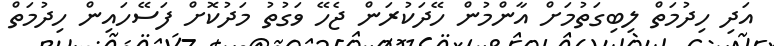
އަދި ހިދުމަތް ލިބިގަތުމަށް އާންމުން ހޭދަކުރަން ޖެހޭ ވަގުތު މަދުކޮށް ފަސޭހައިން ހިދުމަތް